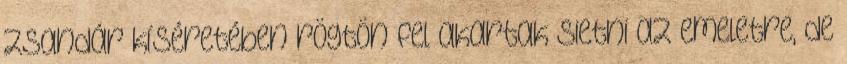
zsandár kíséretében rögtön fel akartak sietni az emeletre, de